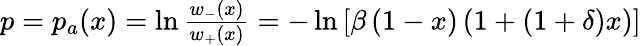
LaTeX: \begin{array}{r}{p=p_{a}(x)=\ln\frac{{{w_{-}}(x)}}{{{w_{+}}(x)}}=-\ln\left[{\beta\left({1-x}\right)\left({1+({1+\delta})x}\right)}\right]}\end{array}